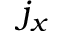
j _ { x }